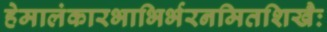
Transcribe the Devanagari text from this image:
हेमालंकारभाभिर्भरनमितशिखैः